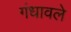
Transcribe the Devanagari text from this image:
गंधावले